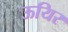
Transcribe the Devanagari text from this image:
ऊयिर